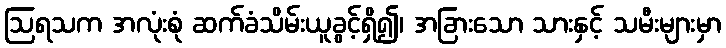
ဩရသက အလုံးစုံ ဆက်ခံသိမ်းယူခွင့်ရှိ၍၊ အခြားသော သားနှင့် သမီးများမှာ